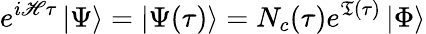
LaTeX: e^{i\mathscr{H}\tau}\left|\Psi\right>=\left|\Psi(\tau)\right>=N_{c}(\tau)e^{\mathfrak{T}(\tau)}\left|\Phi\right>